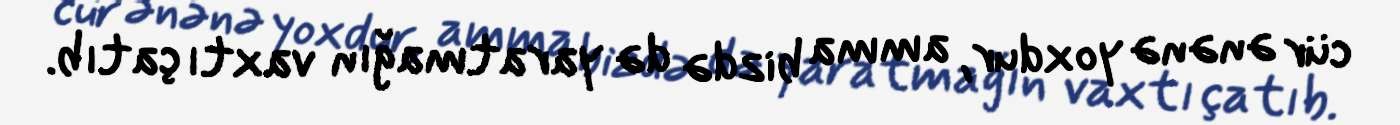
cür ənənə yoxdur, amma bizdə də yaratmağın vaxtı çatıb.